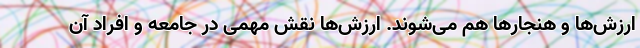
ارزش‌ها و هنجارها هم می‌شوند. ارزش‌ها نقش مهمی در جامعه و افراد آن